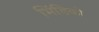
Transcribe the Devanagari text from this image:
भिंडिको